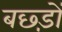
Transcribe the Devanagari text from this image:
बछ्ड़ों